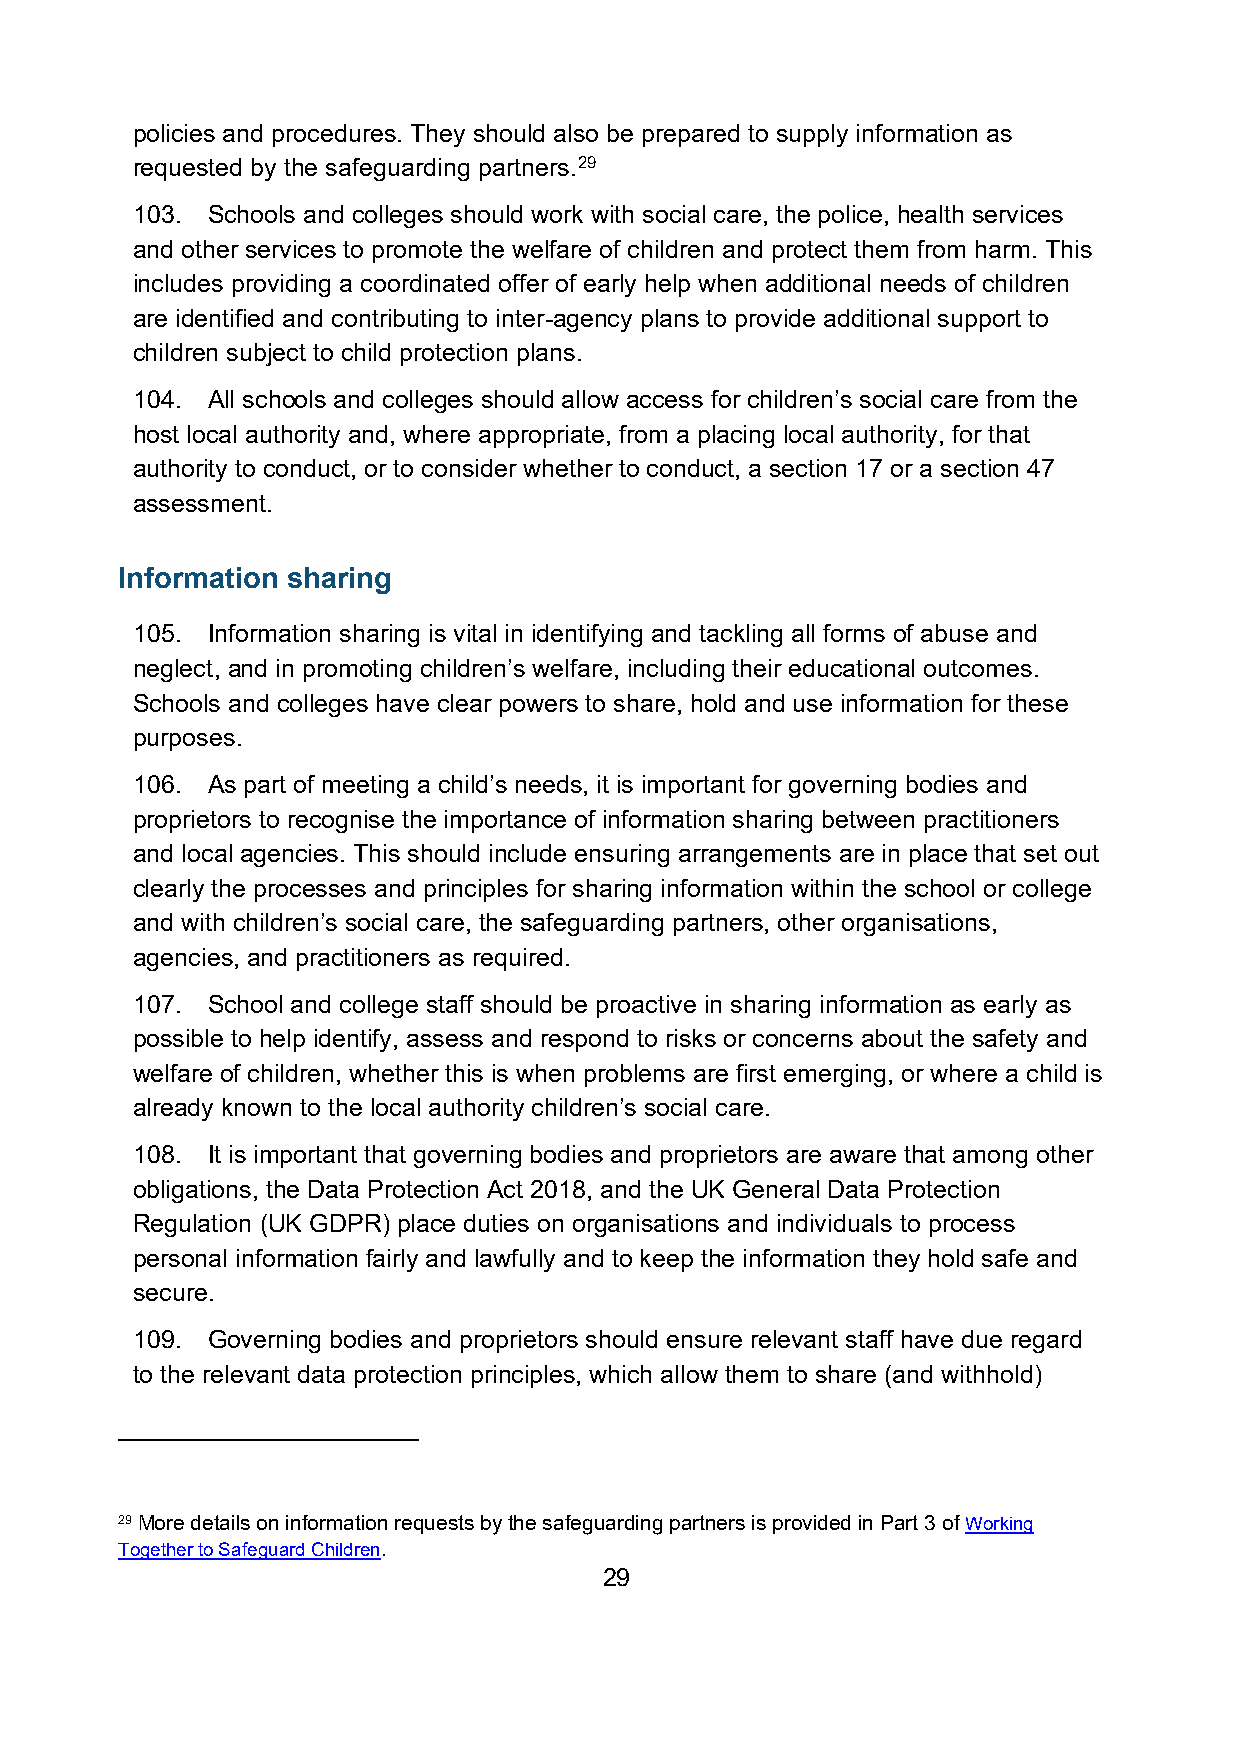
policies and procedures. They should also be prepared to supply information as
 requested by the safeguarding partners.29
 103. Schools and colleges should work with social care, the police, health services
 and other services to promote the welfare of children and protect them from harm. This
 includes providing a coordinated offer of early help when additional needs of children
 are identified and contributing to inter-agency plans to provide additional support to
 children subject to child protection plans.
 104. All schools and colleges should allow access for children’s social care from the
 host local authority and, where appropriate, from a placing local authority, for that
 authority to conduct, or to consider whether to conduct, a section 17 or a section 47
 assessment.
 Information sharing
 105. Information sharing is vital in identifying and tackling all forms of abuse and
 neglect, and in promoting children’s welfare, including their educational outcomes.
 Schools and colleges have clear powers to share, hold and use information for these
 purposes.
 106. As part of meeting a child’s needs, it is important for governing bodies and
 proprietors to recognise the importance of information sharing between practitioners
 and local agencies. This should include ensuring arrangements are in place that set out
 clearly the processes and principles for sharing information within the school or college
 and with children’s social care, the safeguarding partners, other organisations,
 agencies, and practitioners as required.
 107. School and college staff should be proactive in sharing information as early as
 possible to help identify, assess and respond to risks or concerns about the safety and
 welfare of children, whether this is when problems are first emerging, or where a child is
 already known to the local authority children’s social care.
 108. It is important that governing bodies and proprietors are aware that among other
 obligations, the Data Protection Act 2018, and the UK General Data Protection
 Regulation (UK GDPR) place duties on organisations and individuals to process
 personal information fairly and lawfully and to keep the information they hold safe and
 secure.
 109. Governing bodies and proprietors should ensure relevant staff have due regard
 to the relevant data protection principles, which allow them to share (and withhold)
 29 More details on information requests by the safeguarding partners is provided in Part 3 of Working
 Together to Safeguard Children.
 29